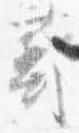
蔀